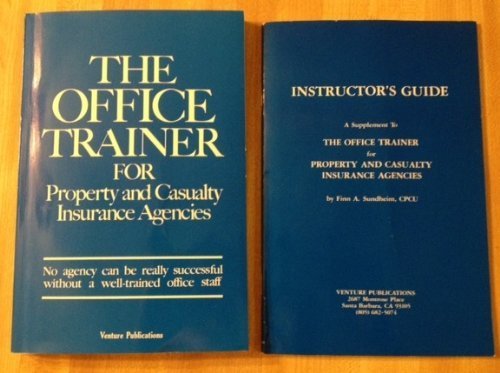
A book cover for The Office Trainer for Property & Casualty Insurance Agencies; Finn A Sundheim; Business & Money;